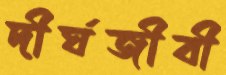
দীর্ঘজীবী